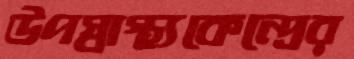
উপস্বাস্থ্যকেন্দ্রের